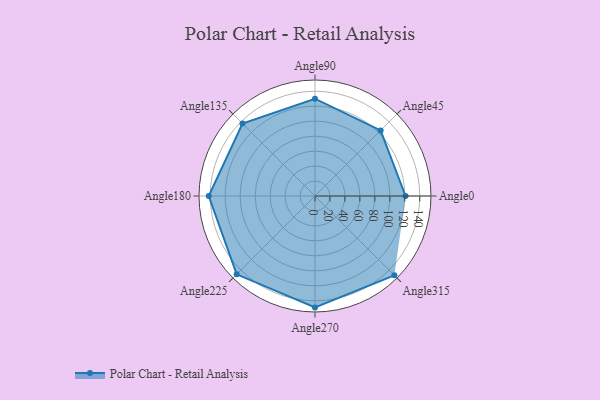
{"axis": {"x": "Angle", "y": "Radius"}, "legend": [""], "data": [{"x": "Angle0", "y": 121.0, "type": ""}, {"x": "Angle45", "y": 124.0, "type": ""}, {"x": "Angle90", "y": 130.0, "type": ""}, {"x": "Angle135", "y": 137.0, "type": ""}, {"x": "Angle180", "y": 142.0, "type": ""}, {"x": "Angle225", "y": 148.0, "type": ""}, {"x": "Angle270", "y": 149.0, "type": ""}, {"x": "Angle315", "y": 150.0, "type": ""}]}